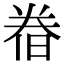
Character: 𣇃